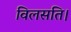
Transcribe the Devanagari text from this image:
विलसति।